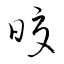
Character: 皎